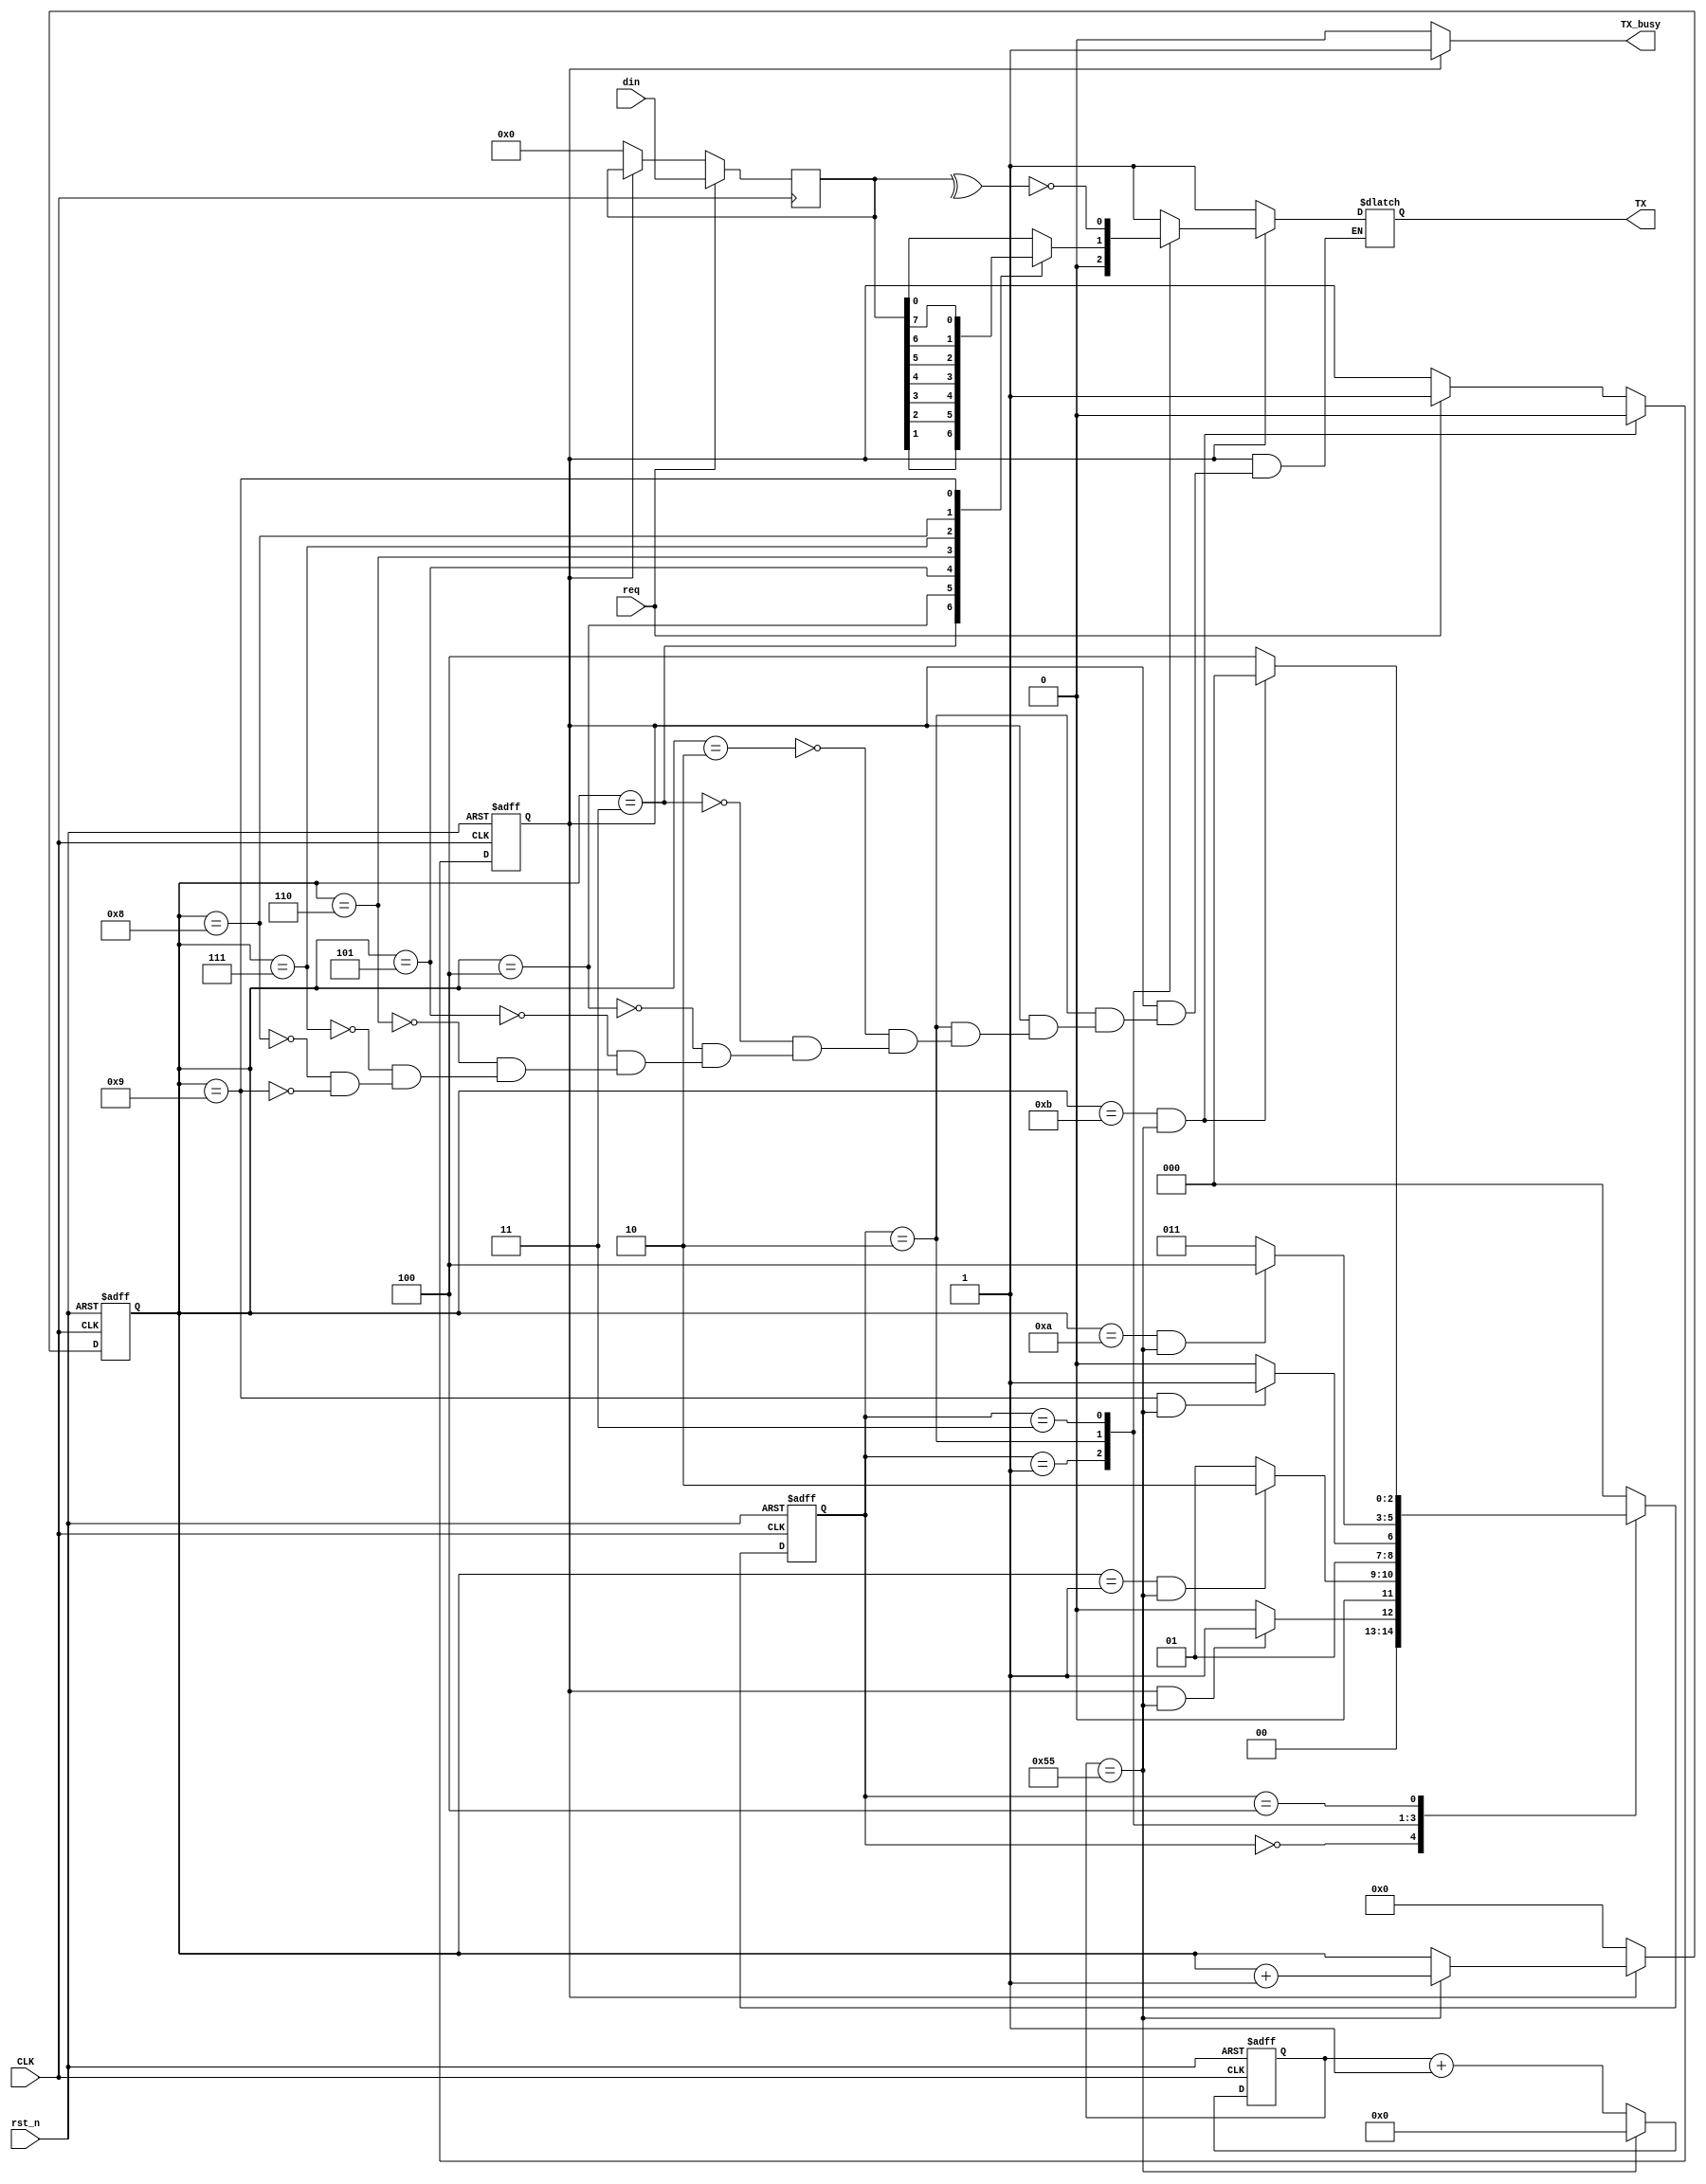
`timescale 1ns / 1ps
//////////////////////////////////////////////////////////////////////////////////
// Company: 
// Engineer: 
// 
// Design Name: 
// Module Name: UART_TX
// Project Name: 
// Target Devices: 
// Tool Versions: 
// Description: 
// 
// Dependencies: 
// 
// Revision:
// Revision 0.01 - File Created
// Additional Comments:
// 
//////////////////////////////////////////////////////////////////////////////////
//`include "UART.vh"


module UART_TX#(
    parameter BAUD_RATE = 115200,
    parameter CLK_FREQ = 10_000_000,
    parameter VLD_DATA_WIDTH = 8,
    parameter CHECK_SEL = 1)
    (
    //input
    input CLK,
    input rst_n,
    input [VLD_DATA_WIDTH-1:0] din,
    input req,//
    //output
    output reg TX,
    output wire TX_busy
    );


//
localparam IDLE = 0,TX_START = 1,TX_VLD_DATA = 2,TX_CHECK = 3,TX_STOP = 4;
localparam CLKS_PER_BIT =   CLK_FREQ / BAUD_RATE;

reg TX_flag;//

reg[31:0] CLKS_CNT;
reg[3:0] bit_cnt;//(1-11)
reg[2:0] cs,ns;
reg[7:0] din_reg;//
wire e_check;
wire o_check;
wire check;

//TX_flag control
always@(posedge CLK,negedge rst_n)begin
    if(!rst_n)begin
        TX_flag <= 0;
    end
    else if(bit_cnt==VLD_DATA_WIDTH+3 &&CLKS_CNT==CLKS_PER_BIT-1) begin
        TX_flag <= 0;
    end
    else if(req)begin
        TX_flag <= 1;
    end
end

//
always@(posedge CLK,negedge rst_n)begin
    if(!rst_n)begin
        CLKS_CNT <= 0;
    end
    else if(CLKS_CNT == CLKS_PER_BIT-1) begin
        CLKS_CNT <= 0;
    end
    else begin
        CLKS_CNT <= CLKS_CNT + 1;
    end
end

//TX_busy
assign TX_busy = (TX_flag)?1:0;

//
always@(*)begin
    case(cs)
        IDLE:
            ns = (TX_flag&&CLKS_CNT==CLKS_PER_BIT-1)?TX_START:IDLE;
        TX_START:
            ns = (bit_cnt==1&&CLKS_CNT==CLKS_PER_BIT-1)?TX_VLD_DATA:TX_START;
        TX_VLD_DATA:
            ns = (bit_cnt==9&&CLKS_CNT==CLKS_PER_BIT-1)?TX_CHECK:TX_VLD_DATA;
        TX_CHECK:
            ns = (bit_cnt==10&&CLKS_CNT==CLKS_PER_BIT-1)?TX_STOP:TX_CHECK;
        TX_STOP:
            ns = (bit_cnt==11&&CLKS_CNT==CLKS_PER_BIT-1)?IDLE:TX_STOP;
        default:
            ns = IDLE;
    endcase
end

always@(posedge CLK,negedge rst_n)begin
    if(!rst_n)begin
        cs <= IDLE;
    end
    else begin
        cs <= ns;
    end
end

//
always@(posedge CLK)begin	
  if(req)
    din_reg <= din;
  else if(!TX_flag)
    din_reg <= 'd0;
end

//bit_cnt
always@(posedge CLK,negedge rst_n)begin
    if(!rst_n)
        bit_cnt <= 'd0;
    else if(TX_flag) begin
        if(CLKS_CNT == CLKS_PER_BIT-1)
            bit_cnt <= bit_cnt + 1;
        else 
            bit_cnt <= bit_cnt;
    end
    else
        bit_cnt <= 'd0;
end

//
always@(*)begin
    if(TX_flag)begin
        case(cs)
            IDLE:TX = 1'b1;//
            TX_START:TX = 1'b0;
            TX_VLD_DATA:begin
                case(bit_cnt)
                    2:TX = din_reg[0];
                    3:TX = din_reg[1];
                    4:TX = din_reg[2];
                    5:TX = din_reg[3];
                    6:TX = din_reg[4];
                    7:TX = din_reg[5];
                    8:TX = din_reg[6];
                    9:TX = din_reg[7];
                endcase
            end
            TX_CHECK:TX = check;
            TX_STOP:TX = 1'b1;
            default:TX = 1'b1;
        endcase 
    end
    else 
        TX = 1'b1;
end

//
assign e_check = ^din_reg;
assign o_check = ~e_check;
assign check = (CHECK_SEL)?o_check:e_check;
endmodule